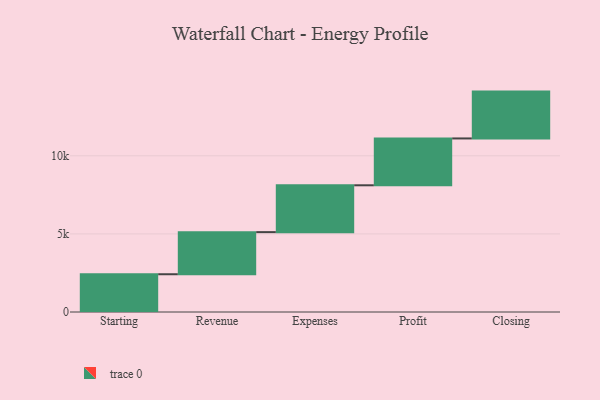
{"axis": {"x": "Step", "y": "Value"}, "legend": [""], "data": [{"x": "Starting", "y": 2418.0, "type": ""}, {"x": "Revenue", "y": 2697.0, "type": ""}, {"x": "Expenses", "y": 3000, "type": ""}, {"x": "Profit", "y": 3000, "type": ""}, {"x": "Closing", "y": 3000, "type": ""}]}